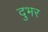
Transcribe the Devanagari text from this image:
दुभर